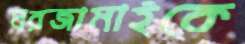
ঘরজামাইকে